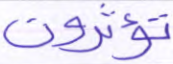
تؤثرون